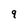
Character: 9